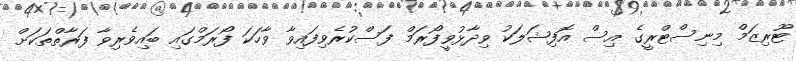
ޓޫރިޒަމް މިނިސްޓްރީގެ އިސް އޮފިޝަލަކު ވިދާޅުވީފޯރަމް ފަސްކުރެވިފައިވާ ވާހަކަ ފޯރަމްގައި ބައިވެރިވާ ފަރާތްތަކަށް